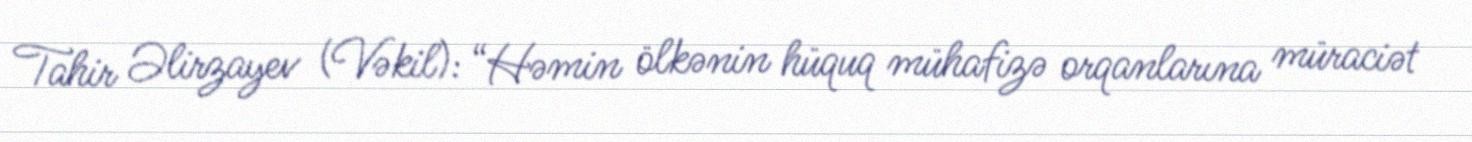
Tahir Əlirzayev (Vəkil): “Həmin ölkənin hüquq mühafizə orqanlarına müraciət